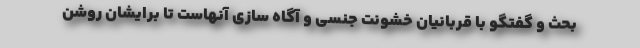
بحث و گفتگو با قربانیان خشونت جنسی و آگاه سازی آنهاست تا برایشان روشن